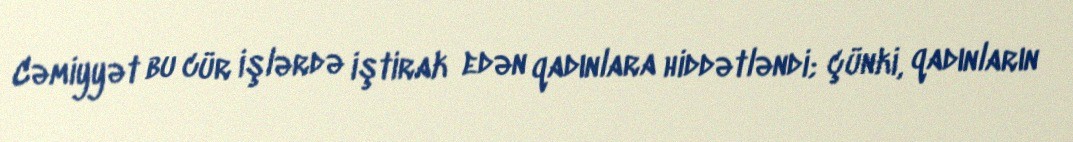
Cəmiyyət bu cür işlərdə iştirak edən qadınlara hiddətləndi; çünki, qadınların